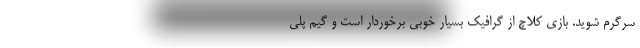
سرگرم شوید. بازی کلاچ از گرافیک بسیار خوبی برخوردار است و گیم پلی